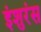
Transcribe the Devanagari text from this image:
इंशुरंस